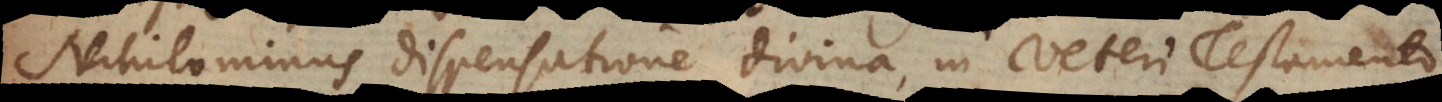
Nihilominus dispensatione divina in Veteri Testamento